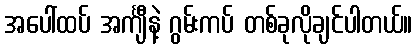
အပေါ်ထပ် အင်္ကျီနဲ့ ဂွမ်းကပ် တစ်ခုလိုချင်ပါတယ်။